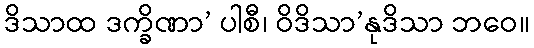
ဒိသာထ ဒက္ခိဏာ’ ပါစီ၊ ဝိဒိသာ’နုဒိသာ ဘဝေ။